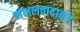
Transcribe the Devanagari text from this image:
नक्षलवादाकडे